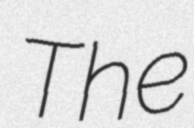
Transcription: The